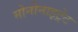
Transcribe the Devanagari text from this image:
मोनोनाइट्रेट